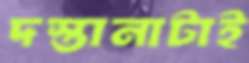
দস্তানাটাই